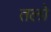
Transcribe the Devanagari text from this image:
तलो